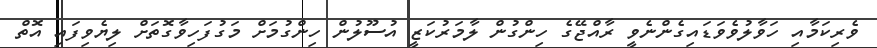
ވެރިކަމާއި ހަވާލުވެވަޑައިގެންނެވީ ރާއްޖޭގެ ހިންގުން ލާމަރުކަޒީ އުސޫލުން ހިންގުމަށް މަގުފަހިވާގޮތަށް ލިޔެވިފައި އޮތް